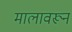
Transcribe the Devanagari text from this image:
मालावरून